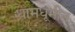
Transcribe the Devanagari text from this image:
धामधूमीत